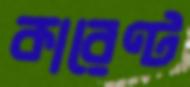
কারেণ্ট